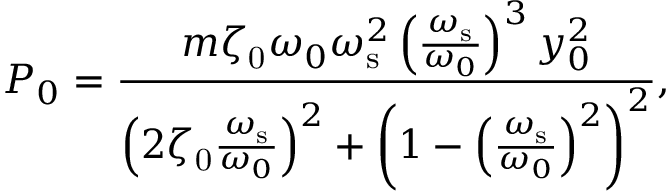
P _ { 0 } = \frac { m \zeta _ { \mathrm { 0 } } \omega _ { 0 } \omega _ { \mathrm { s } } ^ { 2 } \left( \frac { \omega _ { \mathrm { s } } } { \omega _ { 0 } } \right) ^ { 3 } y _ { 0 } ^ { 2 } } { \left( 2 \zeta _ { \mathrm { 0 } } \frac { \omega _ { \mathrm { s } } } { \omega _ { 0 } } \right) ^ { 2 } + \left( 1 - \left( \frac { \omega _ { \mathrm { s } } } { \omega _ { 0 } } \right) ^ { 2 } \right) ^ { 2 } } ,